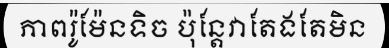
ភាពរ៉ូម៉ែនទិច ប៉ុន្តែវាតែងតែមិន